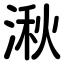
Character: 湫